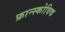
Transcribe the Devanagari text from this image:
फ्रान्स्कोविक